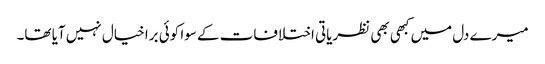
میرے دل میں کبھی بھی نظریاتی اختلافات کے سوا کوئی برا خیال نہیں آیا تھا۔